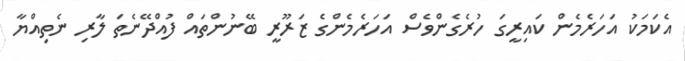
އެކަމަކު އަހަރެމެން ކައިރީގަ ހުރެގެންވެސް އަހަރެމެންގެ ޒަރޫރީ ބޭނުންތައް ފުއްދޭނެތަ ލާރި ނެތިއްޔާ